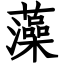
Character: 藻